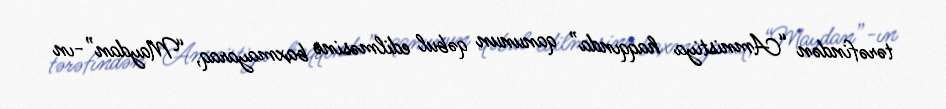
tərəfindən “Amnistiya haqqında” qanunun qəbul edilməsinə baxmayaraq, “Maydan”-ın